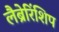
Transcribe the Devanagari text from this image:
लैब्रेरिंशिप